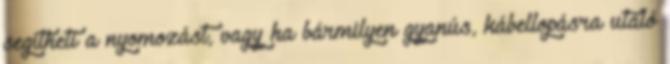
segítheti a nyomozást, vagy ha bármilyen gyanús, kábellopásra utaló